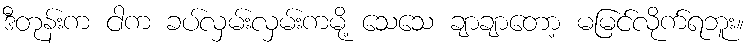
ဒီတုန်းက ငါက ခပ်လှမ်းလှမ်းကမို့ သေသေ ချာချာတော့ မမြင်လိုက်ရဘူး။